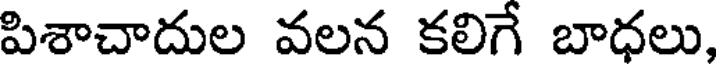
పిశాచాదుల వలన కలిగే బాధలు,